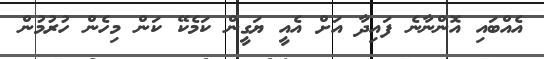
އެއްބައި އޮންނާނެ ފައިދާ އަށް އެއީ ޔަގީން ކަމެކޭ ކަން މިހެން ހުރުމުން